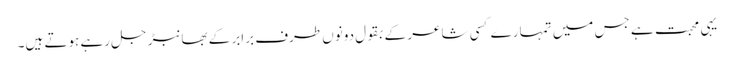
یہی محبت ہے جس میں تمہارے کسی شاعر کے بقول دونوں طرف برابر کے بھانبڑ جل رہے ہوتے ہیں۔